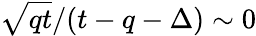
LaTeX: \sqrt{qt}/(t-q-\Delta)\sim 0